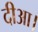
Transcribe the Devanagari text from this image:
दीआ।